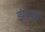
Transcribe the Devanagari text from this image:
झंकड़